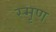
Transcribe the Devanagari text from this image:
स्मृण